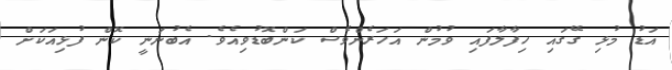
އަޑު މުޅި ގޭގައި ހިފާލާފައި ވުމުން އަހަރެންވެސް ކަންބޮޑުވިއެވެ. އެބުނަނީ ކޮން ފުޅިއަކަށް